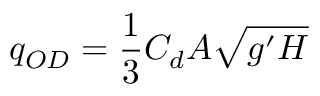
q _ { O D } = \frac { 1 } { 3 } C _ { d } A \sqrt { g ^ { \prime } H }